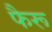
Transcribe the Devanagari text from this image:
फैरू